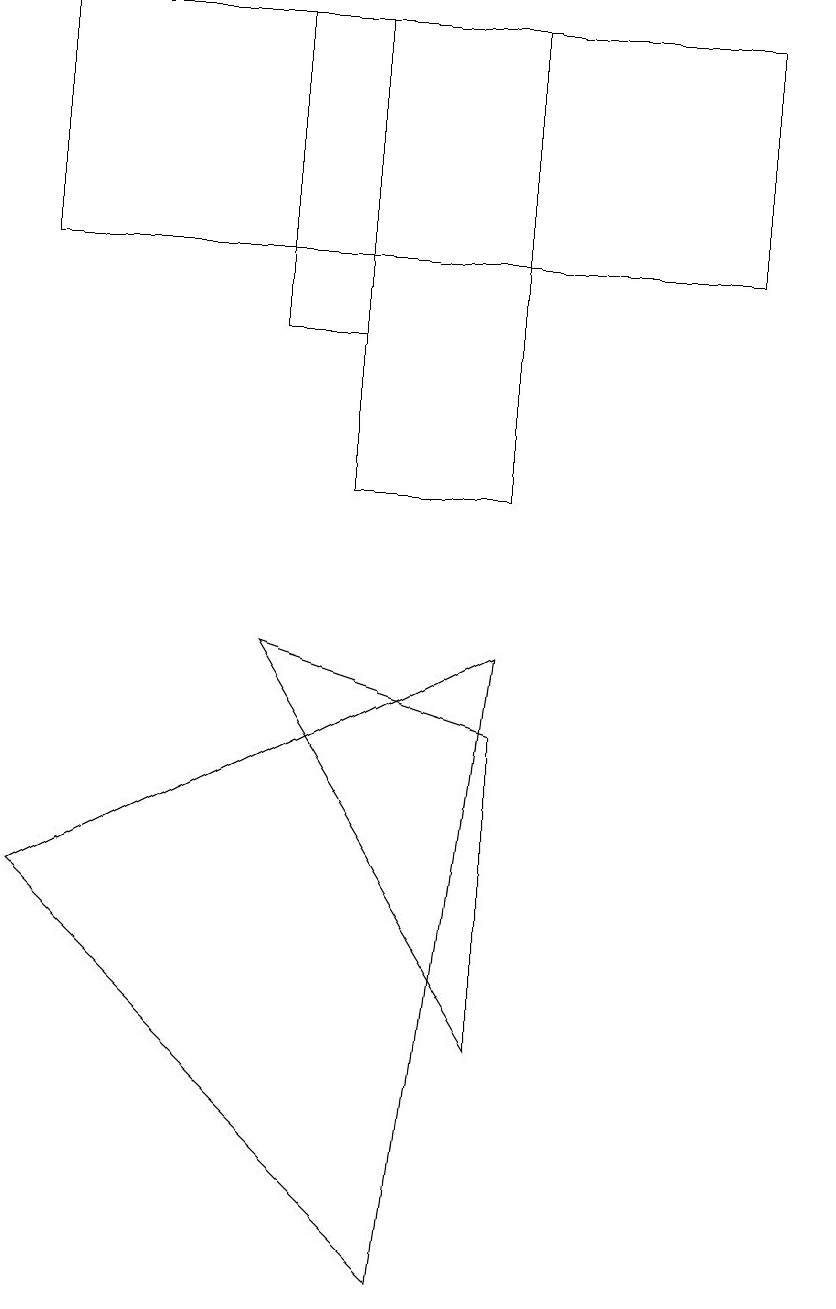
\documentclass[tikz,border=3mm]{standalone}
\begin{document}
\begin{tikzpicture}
\draw (4,16) rectangle (6,10);
\draw (10,10) circle (0);
\draw (5,0) -- (0,5) -- (6,8) -- cycle;
\draw (6,7) -- (6,3) -- (3,8) -- cycle;
\draw (10,11) circle (0);
\draw (4,16) rectangle (3,12);
\draw (0,16) rectangle (9,13);
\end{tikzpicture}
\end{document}